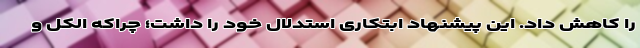
را کاهش داد. این پیشنهاد ابتکاری استدلال خود را داشت؛ چراکه الکل و